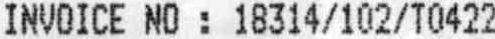
INVOICE NO : 18314/102/T0422